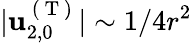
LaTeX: \vert\mathbf{u}_{2,0}^{\mathrm{~(~T~)~}}\vert\sim 1/4r^{2}